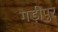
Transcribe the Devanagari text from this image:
गड़ीपुर